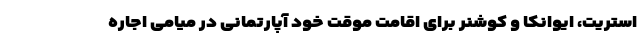
استریت، ایوانکا و کوشنر برای اقامت موقت خود آپارتمانی در میامی اجاره